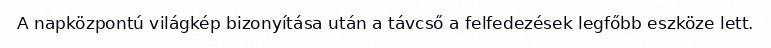
A napközpontú világkép bizonyítása után a távcső a felfedezések legfőbb eszköze lett.